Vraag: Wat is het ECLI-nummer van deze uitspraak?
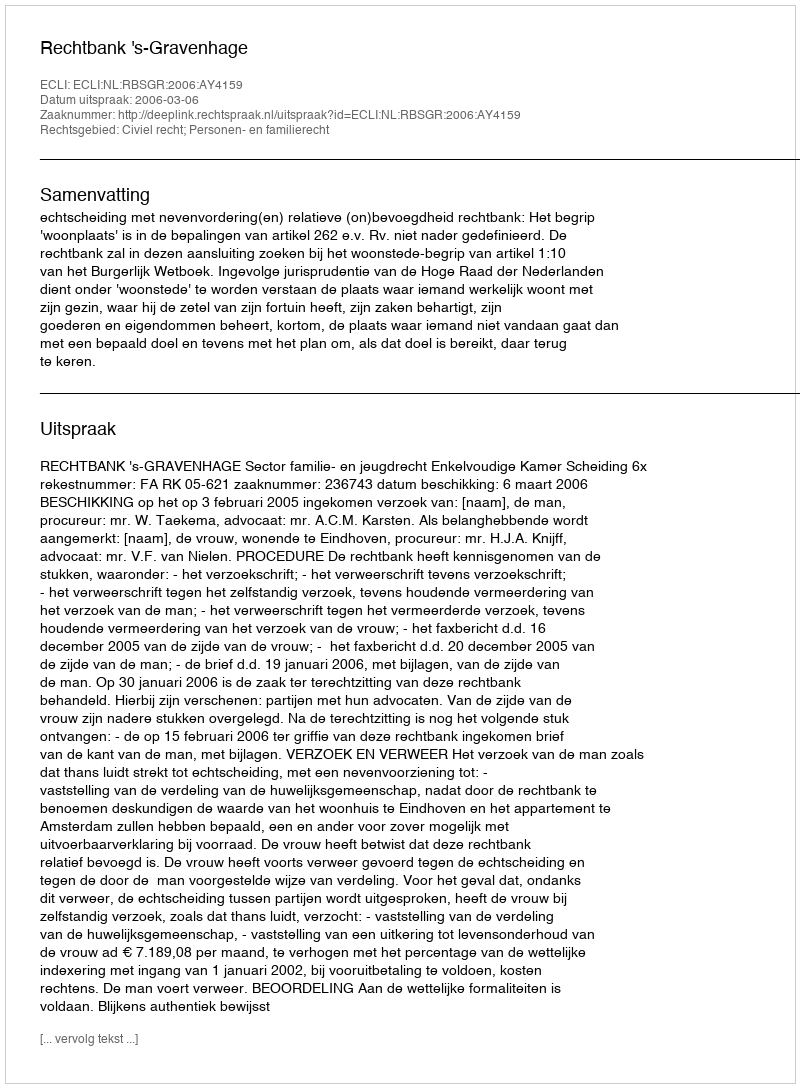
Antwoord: ECLI:NL:RBSGR:2006:AY4159